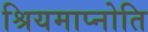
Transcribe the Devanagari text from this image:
श्रियमाप्नोति